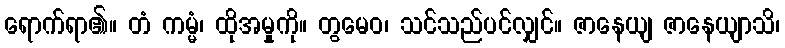
ရောက်ရာ၏။ တံ ကမ္မံ၊ ထိုအမှုကို။ တွမေဝ၊ သင်သည်ပင်လျှင်။ ဇာနေယျ ဇာနေယျာသိ၊